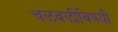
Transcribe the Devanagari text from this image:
चळवळीविषयी